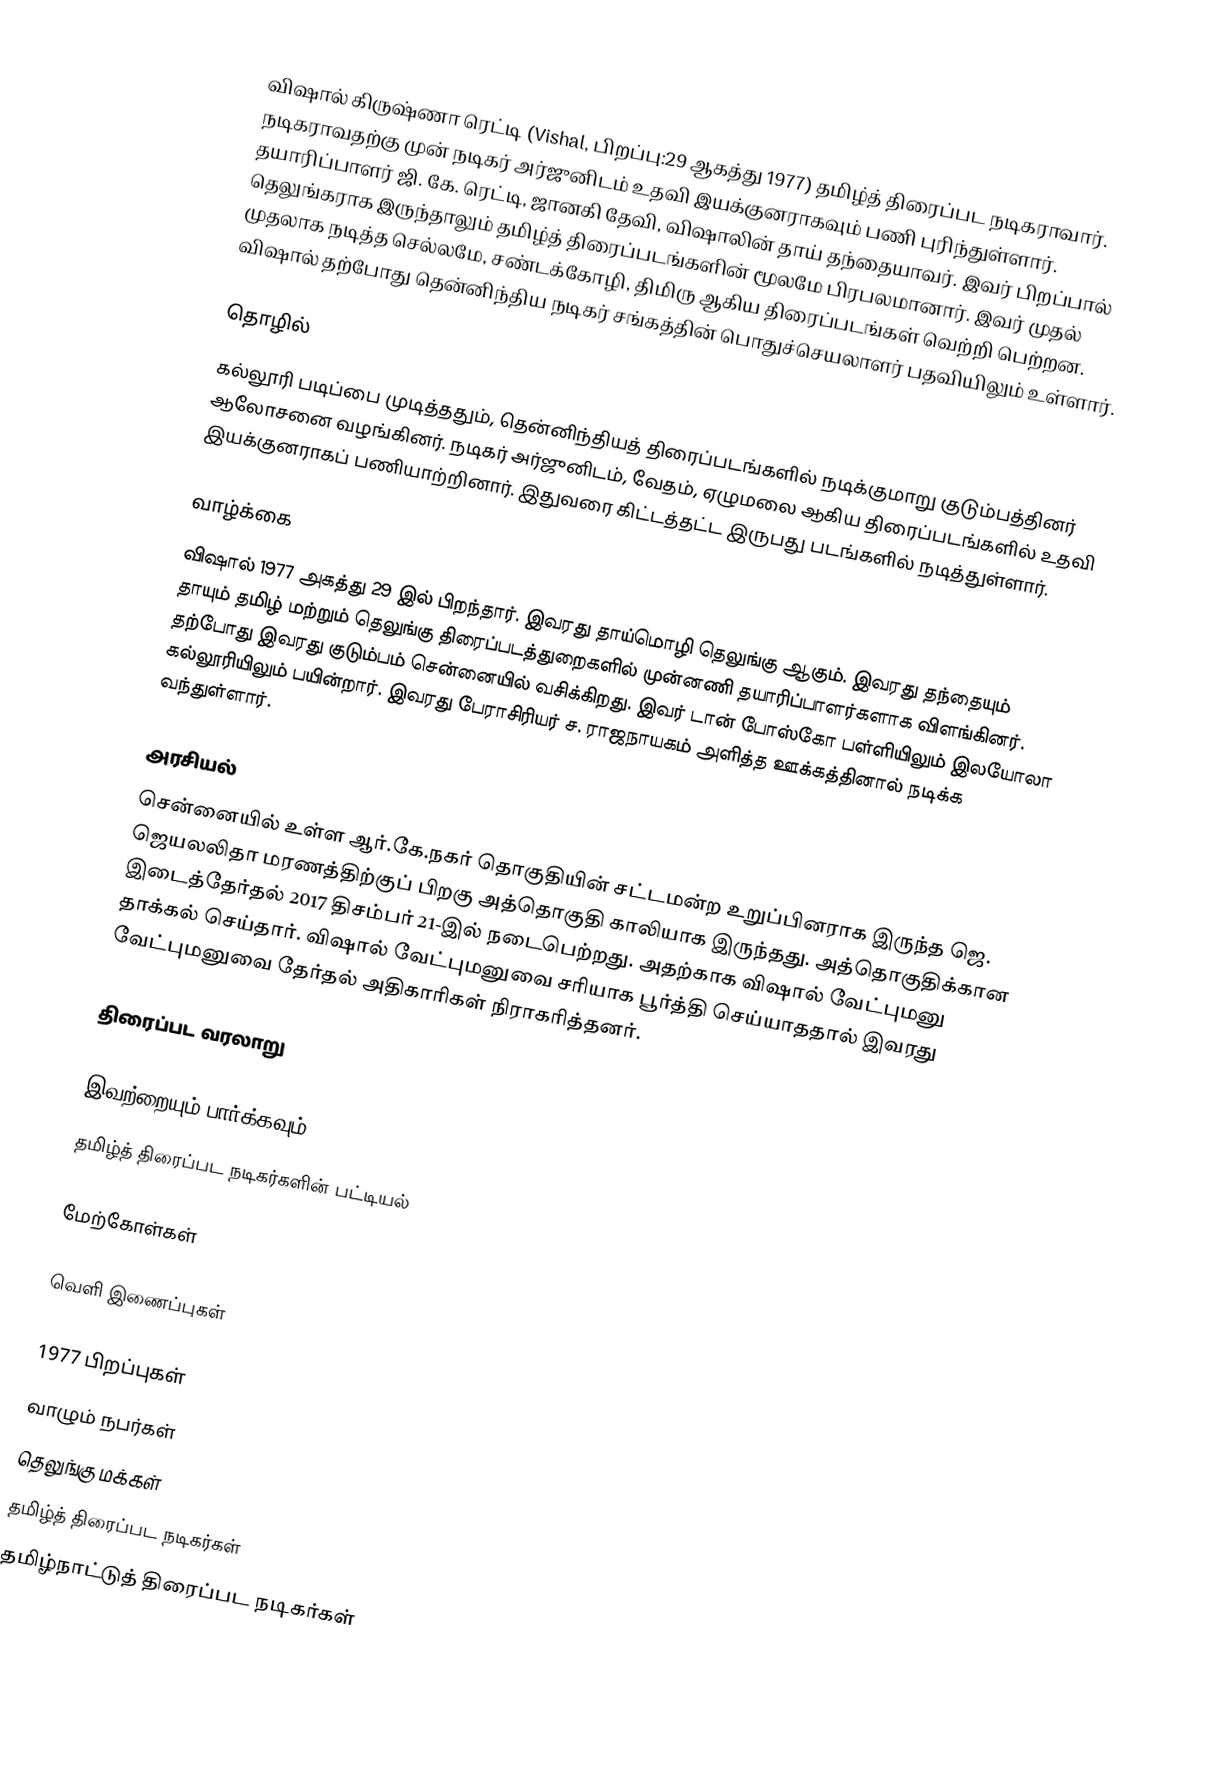
விஷால் கிருஷ்ணா ரெட்டி (Vishal, பிறப்பு:29 ஆகத்து 1977) தமிழ்த் திரைப்பட நடிகராவார். நடிகராவதற்கு முன் நடிகர் அர்ஜுனிடம் உதவி இயக்குனராகவும் பணி புரிந்துள்ளார். தயாரிப்பாளர் ஜி. கே. ரெட்டி, ஜானகி தேவி, விஷாலின் தாய் தந்தையாவர். இவர் பிறப்பால் தெலுங்கராக இருந்தாலும் தமிழ்த் திரைப்படங்களின் மூலமே பிரபலமானார். இவர் முதல் முதலாக நடித்த செல்லமே, சண்டக்கோழி, திமிரு ஆகிய திரைப்படங்கள் வெற்றி பெற்றன. விஷால் தற்போது தென்னிந்திய நடிகர் சங்கத்தின் பொதுச்செயலாளர் பதவியிலும் உள்ளார்.

தொழில்
கல்லூரி படிப்பை முடித்ததும், தென்னிந்தியத் திரைப்படங்களில் நடிக்குமாறு குடும்பத்தினர் ஆலோசனை வழங்கினர். நடிகர் அர்ஜுனிடம், வேதம், ஏழுமலை ஆகிய திரைப்படங்களில் உதவி இயக்குனராகப் பணியாற்றினார். இதுவரை கிட்டத்தட்ட இருபது படங்களில் நடித்துள்ளார்.

வாழ்க்கை
விஷால் 1977 அகத்து 29 இல் பிறந்தார். இவரது தாய்மொழி தெலுங்கு ஆகும். இவரது தந்தையும் தாயும் தமிழ் மற்றும் தெலுங்கு திரைப்படத்துறைகளில் முன்னணி தயாரிப்பாளர்களாக விளங்கினர். தற்போது இவரது குடும்பம் சென்னையில் வசிக்கிறது. இவர் டான் போஸ்கோ பள்ளியிலும் இலயோலா கல்லூரியிலும் பயின்றார். இவரது பேராசிரியர் ச. ராஜநாயகம் அளித்த ஊக்கத்தினால் நடிக்க வந்துள்ளார்.

அரசியல்
சென்னையில் உள்ள ஆர்.கே.நகர் தொகுதியின் சட்டமன்ற உறுப்பினராக இருந்த ஜெ. ஜெயலலிதா மரணத்திற்குப் பிறகு அத்தொகுதி காலியாக இருந்தது. அத்தொகுதிக்கான இடைத்தேர்தல் 2017 திசம்பர் 21-இல் நடைபெற்றது. அதற்காக விஷால் வேட்புமனு தாக்கல் செய்தார். விஷால் வேட்புமனுவை சரியாக பூர்த்தி செய்யாததால் இவரது வேட்புமனுவை தேர்தல் அதிகாரிகள் நிராகரித்தனர்.

திரைப்பட வரலாறு

இவற்றையும் பார்க்கவும்
 தமிழ்த் திரைப்பட நடிகர்களின் பட்டியல்

மேற்கோள்கள்

வெளி இணைப்புகள்

1977 பிறப்புகள்
வாழும் நபர்கள்
தெலுங்கு மக்கள்
தமிழ்த் திரைப்பட நடிகர்கள்
தமிழ்நாட்டுத் திரைப்பட நடிகர்கள்